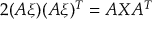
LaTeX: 2 ( A \xi ) ( A \xi ) ^ { T } = A X A ^ { T }